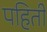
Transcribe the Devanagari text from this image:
पहिती